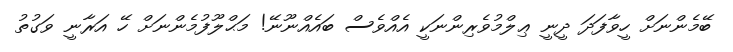
ބޭމެންނަށް ހީވާފަދަ ދީނީ ޢިލްމުވެރިންނަކީ އެއްވެސް ބައެއްނޫނޭ! މަޙްލޫފުމެންނަށް ހޭ އަރާނީ ވަގުތު